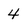
Character: 4